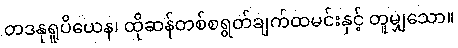
တဒနုရူပိယေန၊ ထိုဆန်တစ်စရွတ်ချက်ထမင်းနှင့် တူမျှသော။